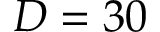
D = 3 0